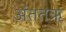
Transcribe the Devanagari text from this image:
अंततऋ